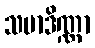
သမာဒိဏ္ဏာ